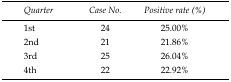
| Quarter | Case No. | Positive rate (%) |
 | --- | --- | --- |
 | 1st | 24 | 25.00% |
 | 2nd | 21 | 21.86% |
 | 3rd | 25 | 26.04% |
 | 4th | 22 | 22.92% |